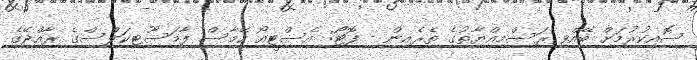
ސޮއިކުރުމަށް ބޭއްވި ރަސްމިއްޔާތުގެ ތެރެއިން - ފޮޓޯ: އެސްޓީއޯ ހޭމާސް ފާމަސޫޓިކަލްސްގެ ރާއްޖޭގެ